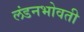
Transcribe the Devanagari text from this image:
लंडनभोवती